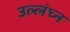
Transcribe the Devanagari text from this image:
उल्लंघ्न